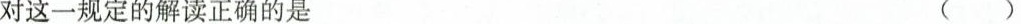
对这一规定的解读正确的是 ()